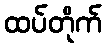
ထပ်တိုက်